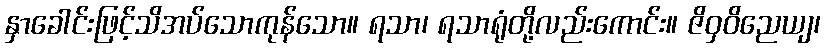
နှာခေါင်းဖြင့်သိအပ်သောကုန်သော။ ရသာ၊ ရသာရုံတို့လည်းကောင်း။ ဇိဝှဝိညေယျ၊